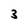
Character: 3